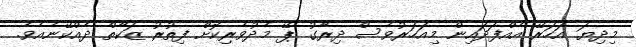
މިދިޔަ އަހަރޭ އެއްފަދައިން މިއަހަރުވެސް ދިރާގު ޕޭ މެދުވެރިކޮށް ފިތުރު ޒަކާތް ދެއްކޭނެއެވެ.